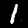
Digit: 1